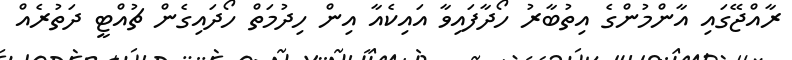
ރާއްޖޭގައި އާންމުންގެ އިތުބާރު ހޯދާފައިވާ އައިކެއާ އިން ހިދުމަތް ހޯދައިގެން ޗުއްޓީ ދަތުރެއް